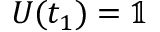
\boldsymbol { U } ( t _ { 1 } ) = \mathbb { 1 }